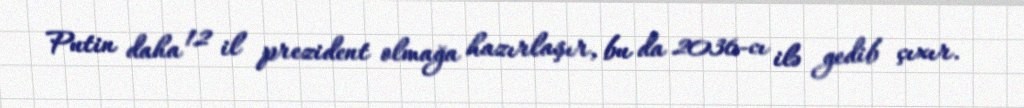
Putin daha 12 il prezident olmağa hazırlaşır, bu da 2036-cı ilə gedib çıxır.